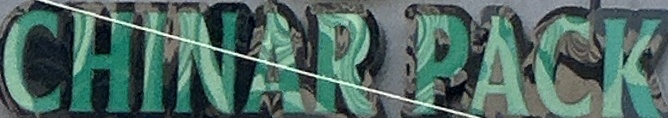
CHINAR PACK